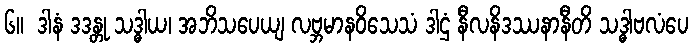
၆။  ဒါနံ ဒဒန္တု သဒ္ဓါယ၊ အဘိသပေယျ လဗ္ဘမာနဝိသေသံ ဒါဌံ နီလနိဒဿနာနီတိ သဒ္ဓါဗလံပေ